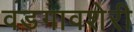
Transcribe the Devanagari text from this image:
वडगावशेरी